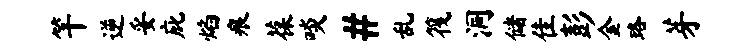
竿逆妥庇焰痕葆啖#乱筏洞储隹彭金珞芽